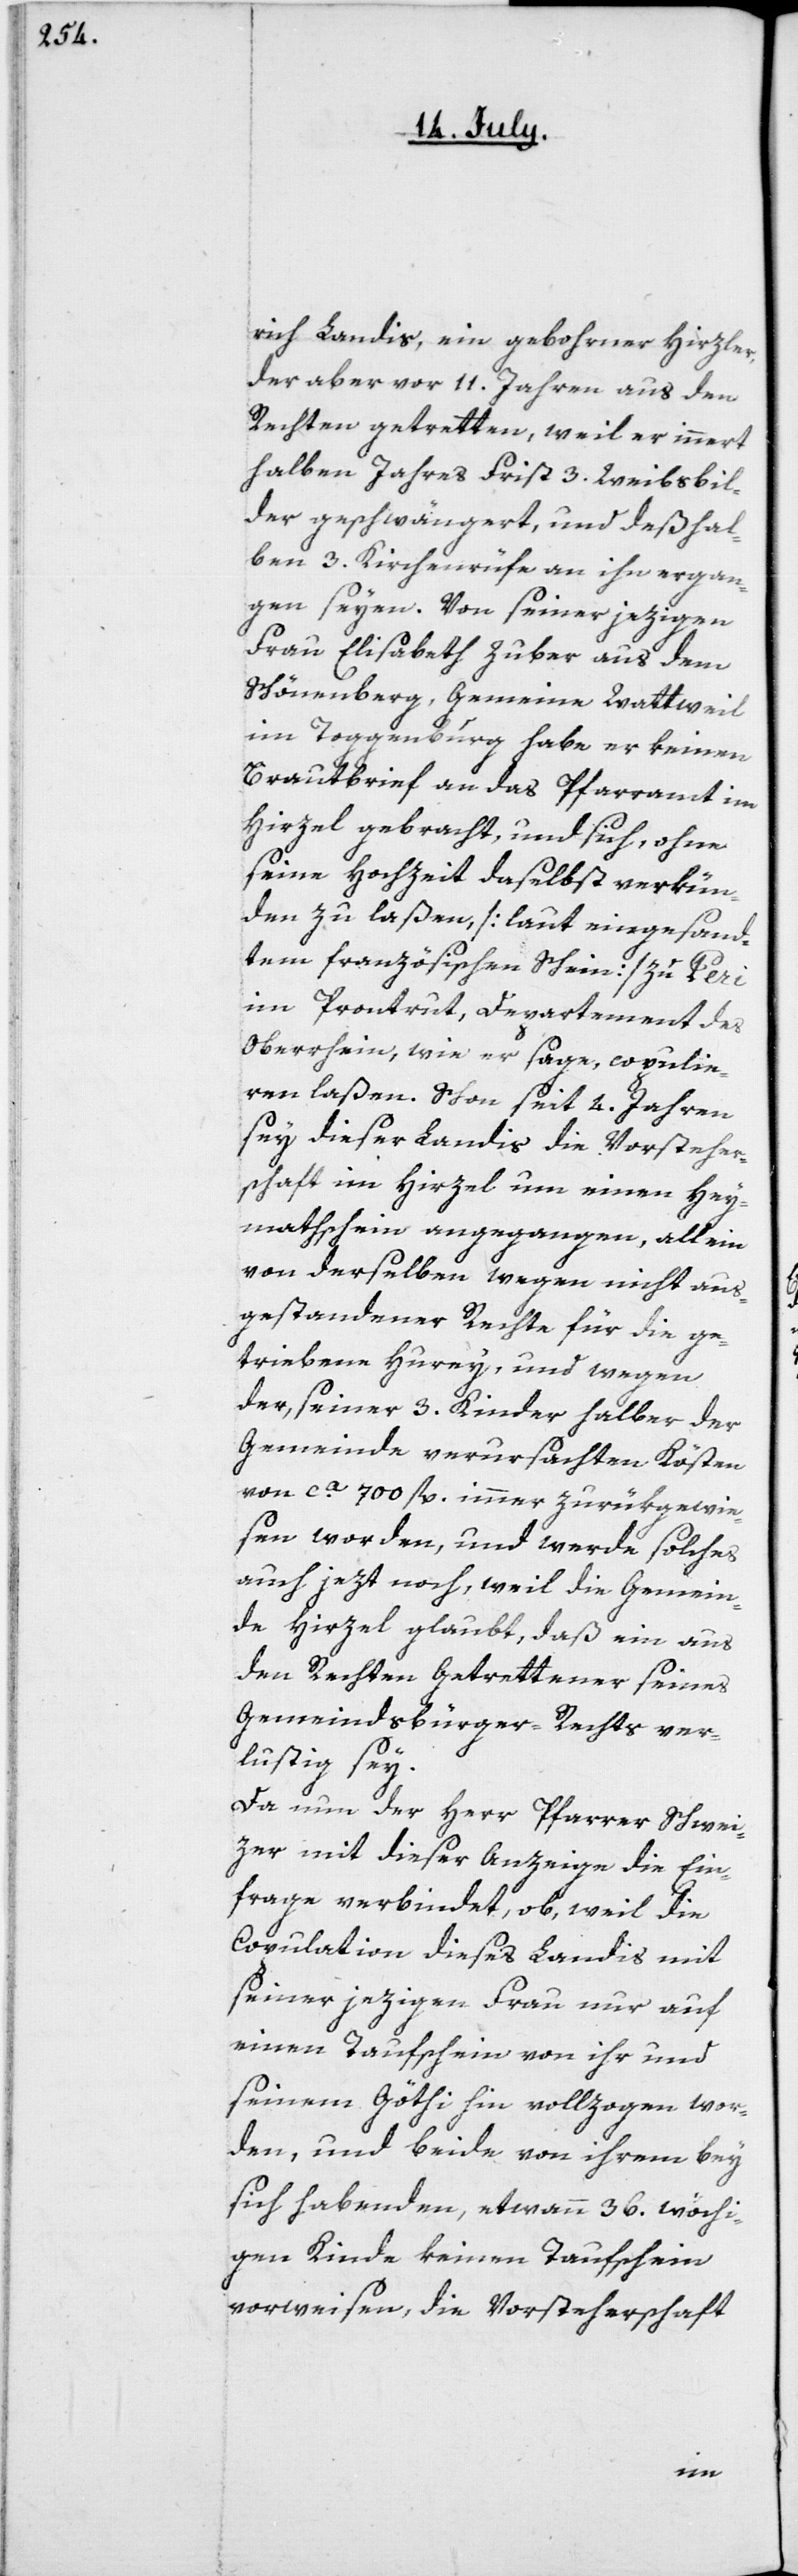
rich Landis, ein gebohrner Hirzler,
der aber vor 11. Jahren aus den
Rechten getretten, weil er innert
halben Jahresfrist 3. Weibsbil¬
der geschwängert, und deßhal¬
ben 3. Kirchenrüfe an ihn ergan¬
gen seyen. Von seiner jezigen
Frau Elisabeth Zuber aus dem
Schönenberg, Gemein[d]e Wattweil
im Toggenburg, habe er keinen
Brautbrief an das Pfarramt im
Hirzel gebracht, und sich, ohne
seine Hochzeit daselbst verkün¬
den zu laßen [laut eingesand¬
tem französischen Schein] zu Peri
im Puntrut, Departement des
Oberrhein, wie er sage, copulie¬
ren laßen. Schon seit 4. Jahren
sey dieser Landis die Vorsteher¬
schaft im Hirzel um einen Hey¬
mathschein angegangen, allein
von derselben wegen nicht aus¬
gestandener Rechte für die ge¬
triebene Hurey, und wegen
der, seiner 3. Kinder halber der
Gemeinde verursachten Kösten
von ca 700 fl. immer zurükgewie¬
sen worden, und werde solches
auch jezt noch, weil die Gemein¬
de Hirzel glaubt, daß ein aus
den Rechten Getrettener seines
Gemeindsbürger-Rechts ver¬
lustig sey.
Da nun der Herr Pfarrer Schwei¬
zer mit dieser Anzeige die Ein¬
frage verbindet, ob, weil die
Copulation dieses Landis mit
seiner jezigen Frau nur auf
einen Taufschein von ihr und
seinem Göthi hin vollzogen wor¬
den, und beide von ihrem bey
sich habenden etwann 36. wöchi¬
gen Kinde keinen Taufschein
vorweisen, die Vorsteherschaft